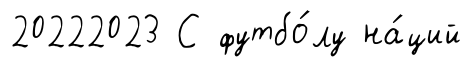
20222023 С футбо́лу на́ций